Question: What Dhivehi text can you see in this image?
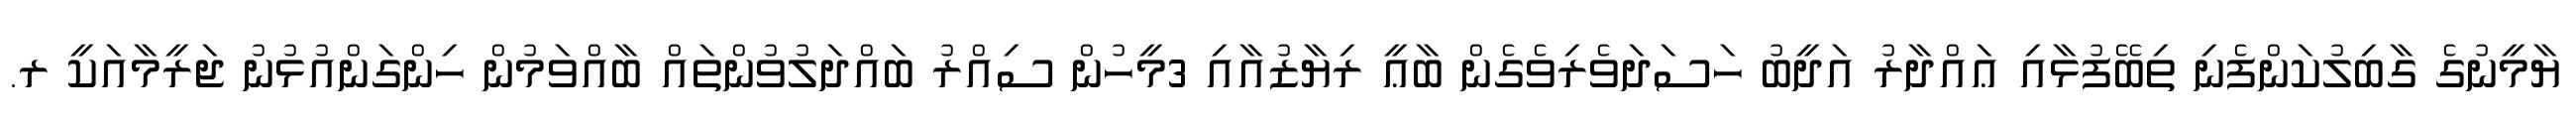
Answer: ޔާމީނުގެ ގާބިލުކަންފެނި ތިބޭފުޅާއި ޢައްދާރު އަދީބު ހަސަދަވެރިވެގެން ބާޢީ ރިޔާޒުއާއި 3މީހުން ސިއްރު ބައްދަލުވުންތައް ބާއްވަމުން ހިންގަންއުޅުނު ޖަރީމާއަކީ ރ.